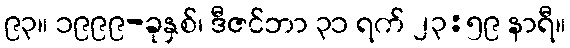
၉၃။ ၁၉၉၉-ခုနှစ်၊ ဒီဇင်ဘာ ၃၁ ရက် ၂၃:၅၉ နာရီ။